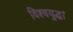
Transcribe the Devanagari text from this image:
विश्वयुद्ध।